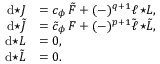
\begin{array} { r l } { \mathrm { d } { \star J } } & { = c _ { \phi } \, \tilde { F } + ( - ) ^ { q + 1 } \ell \, { \star L } , } \\ { \mathrm { d } { \star \tilde { J } } } & { = \tilde { c } _ { \phi } \, F + ( - ) ^ { p + 1 } \tilde { \ell } \, { \star \tilde { L } } , } \\ { \mathrm { d } { \star L } } & { = 0 , } \\ { \mathrm { d } { \star \tilde { L } } } & { = 0 . } \end{array}